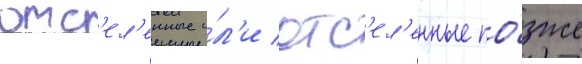
отс'ел'енные и́л'и отс'ел'енные по́зже